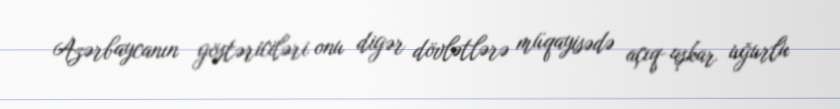
Azərbaycanın göstəriciləri onu digər dövlətlərə müqayisədə açıq-aşkar uğurlu